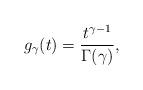
LaTeX: \begin{align*}g_{\gamma}(t) = \frac{t^{\gamma - 1}}{\Gamma(\gamma)},\end{align*}